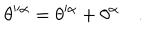
\theta ^ { \alpha } = \theta ^ { \alpha } + \theta ^ { \alpha } \quad .